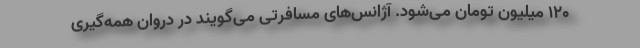
۱۲۰ میلیون تومان می‌شود. آژانس‌های مسافرتی می‌گویند در دروان همه‌گیری